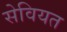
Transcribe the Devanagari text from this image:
सेवियत